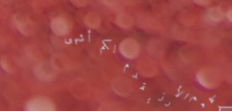
مطعم الأرز يقدم لكم أشهى